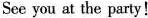
See you at the party!